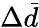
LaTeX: \Delta\bar{d}